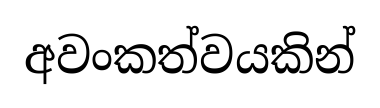
අවංකත්වයකින්